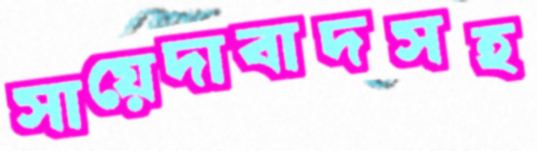
সায়েদাবাদসহ